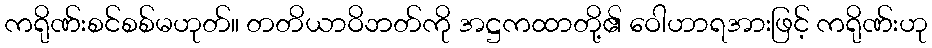
ကရိုဏ်းစင်စစ်မဟုတ်။ တတိယာဝိဘတ်ကို အဋ္ဌကထာတို့၏ ဝေါဟာရအားဖြင့် ကရိုဏ်းဟု